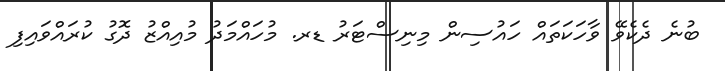
ބުނެ ދެކެވޭ ވާހަކަތައް ހައުސިން މިނިސްޓަރު ޑރ. މުހައްމަދު މުއިއްޒު ދޮގު ކުރައްވައިފި